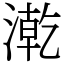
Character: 漧